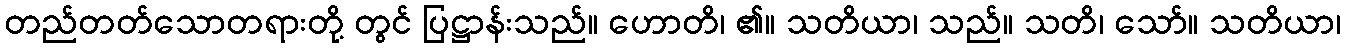
တည်တတ်သောတရားတို့ တွင် ပြဋ္ဌာန်းသည်။ ဟောတိ၊ ၏။ သတိယာ၊ သည်။ သတိ၊ သော်။ သတိယာ၊